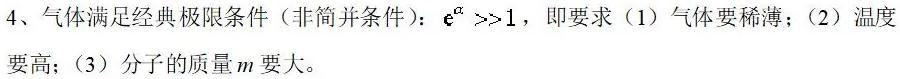
4、气体满足经典极限条件（非简并条件）：$\mathrm{e}^{\alpha} \gg 1$，即要求（1）气体要稀薄；（2）温度要高；（3）分子的质量$m$要大。